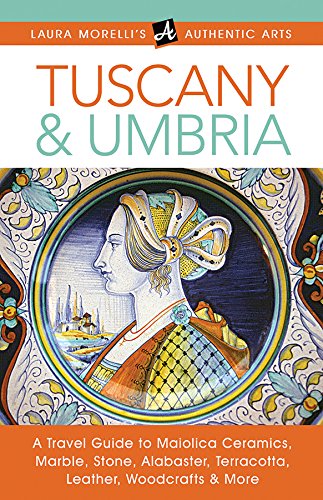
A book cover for Made in Tuscany & Umbria: A Travel Guide to Maiolica Ceramics, Marble, Stone, Alabaster, Terracotta, Leather, Woodcrafts & More (Laura Morelli's Authentic Arts); Laura Morelli; Travel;